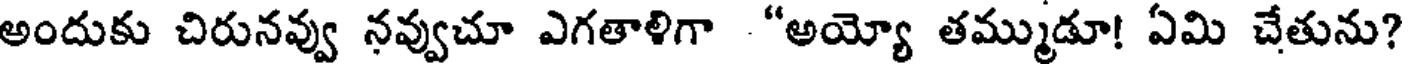
అందుకు చిరునవ్వు నవ్వుచూ ఎగతాళిగా "అయ్యో తమ్ముడూ! ఏమి చేతును?